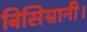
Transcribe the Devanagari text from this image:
बिसिग्नानी।